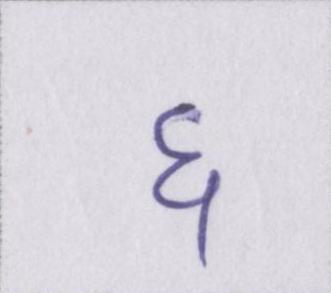
६